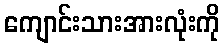
ကျောင်းသားအားလုံးကို